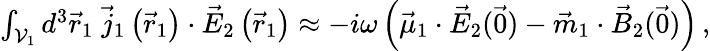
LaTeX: \begin{array}{r}{\int_{\mathcal{V}_{1}}d^{3}\vec{r}_{1}\; \vec{j}_{1}\left(\vec{r}_{1}\right)\cdot\vec{E}_{2}\left(\vec{r}_{1}\right)\approx-i\omega\left(\vec{\mu}_{1}\cdot\vec{E}_{2}(\vec{0})-\vec{m}_{1}\cdot\vec{B}_{2}(\vec{0})\right)\, ,}\end{array}